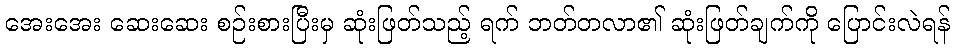
အေးအေး ဆေးဆေး စဉ်းစားပြီးမှ ဆုံးဖြတ်သည့် ရက် ဘတ်တလာ၏ ဆုံးဖြတ်ချက်ကို ပြောင်းလဲရန်